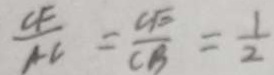
\frac { C F } { A C } = \frac { C E } { C B } = \frac { 1 } { 2 }